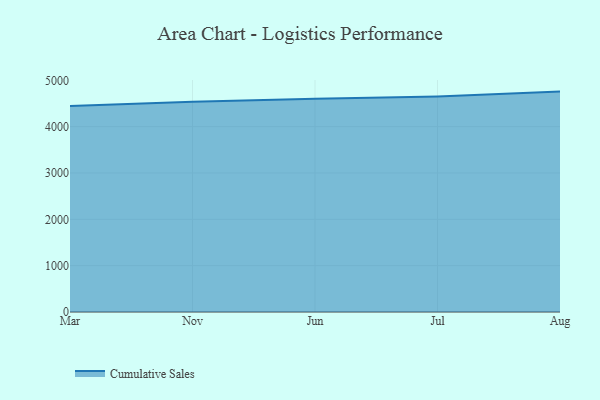
{"axis": {"x": "Month", "y": "LTV (USD)"}, "legend": ["Cumulative Sales"], "data": [{"x": "Mar", "y": 4444.8, "type": "Cumulative Sales"}, {"x": "Nov", "y": 4538.8, "type": "Cumulative Sales"}, {"x": "Jun", "y": 4601.0, "type": "Cumulative Sales"}, {"x": "Jul", "y": 4651.3, "type": "Cumulative Sales"}, {"x": "Aug", "y": 4756.1, "type": "Cumulative Sales"}]}